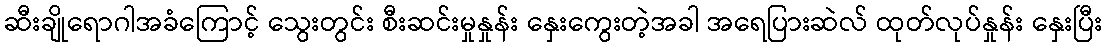
ဆီးချိုရောဂါအခံကြောင့် သွေးတွင်း စီးဆင်းမှုနှုန်း နှေးကွေးတဲ့အခါ အရေပြားဆဲလ် ထုတ်လုပ်နှုန်း နှေးပြီး